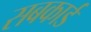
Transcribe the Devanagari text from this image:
सबकार्ड